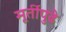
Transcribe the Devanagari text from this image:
मूर्तीपुढे